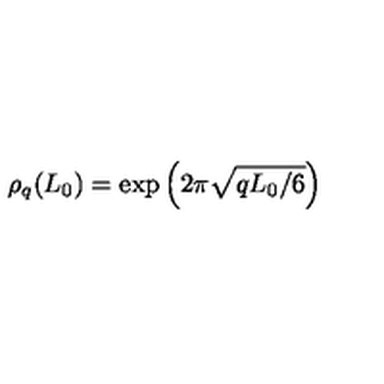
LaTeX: \rho _ { q } ( L _ { 0 } ) = \exp \left( 2 \pi \sqrt { q L _ { 0 } / 6 } \right)